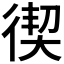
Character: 𭛸